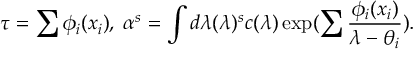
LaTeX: \tau = \sum \phi _ { i } ( x _ { i } ) , \; \alpha ^ { s } = \int d \lambda ( \lambda ) ^ { s } c ( \lambda ) \exp ( \sum \frac { \phi _ { i } ( x _ { i } ) } { \lambda - \theta _ { i } } ) .